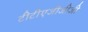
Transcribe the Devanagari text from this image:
टीटीएजीजीजी